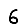
Digit: 6